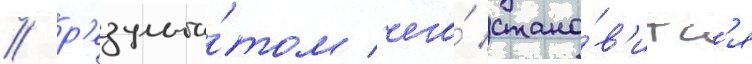
/ р'езульта́том чего́ стано́в'итс'я